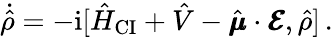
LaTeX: \dot{\hat{\rho}}=-\mathrm{i}[\hat{H}_{\mathrm{CI}}+\hat{V}-\hat{\pmb{\mu}}\cdot\pmb{\mathcal{E}},\hat{\rho}]\, .